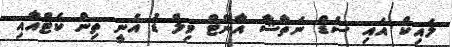
ލައިކް އައި ސެޑް ނަތާޝާ އާންޓް ވިލް ޑު އެނީ ތިން ކެޓްއާއި